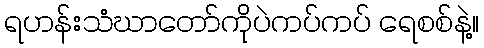
ရဟန်းသံဃာတော်ကိုပဲကပ်ကပ် ရေစစ်နဲ့။